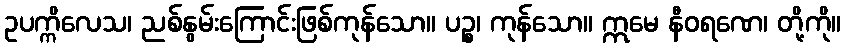
ဥပက္ကိလေသ၊ ညစ်နွမ်းကြောင်းဖြစ်ကုန်သော။ ပဉ္စ၊ ကုန်သော။ ဣမေ နီဝရဏေ၊ တို့ကို။